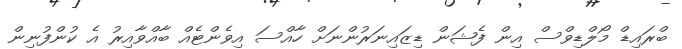
ބްރައިޑް މޯލްޑިވްސް އިން ފެޝަން ޑިޒައިނަރުންނަށް ހާއްސަ އިވެންޓެއް ބާއްވާއިރު އެ ކުންފުނިން